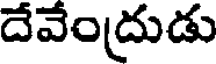
దేవేంద్రుడు